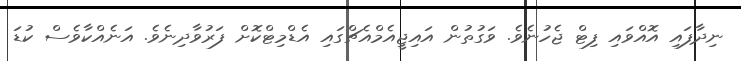
ނިދާފައި އޮއްވައި ފިޓް ޖެހުނެވެ. ވަގުތުން އައިޖީއެމްއެޗްގައި އެޑްމިޓްކޮށް ފަރުވާދިނެވެ. އަނެއްކާވެސް ކުޑަ